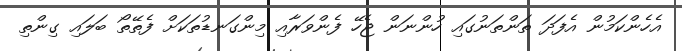
އެހެންކަމުން އެފަދަ ތަންތަނުގައި ހުންނަން ޖެހޭ ފެންވަރާއި މިންގަނޑުތަކަށް ފެތޭތޯ ބަލައި ގިންތި